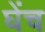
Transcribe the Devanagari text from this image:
घेंच